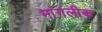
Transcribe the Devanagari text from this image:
मांगलीक